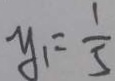
y _ { 1 } = \frac { 1 } { 5 }